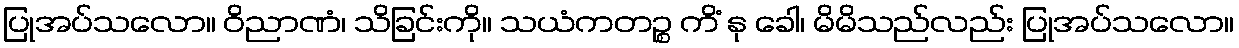
ပြုအပ်သလော။ ဝိညာဏံ၊ သိခြင်းကို။ သယံကတဉ္စ ကိံ နု ခေါ၊ မိမိသည်လည်း ပြုအပ်သလော။